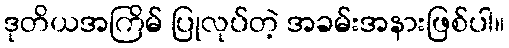
ဒုတိယအကြိမ် ပြုလုပ်တဲ့ အခမ်းအနားဖြစ်ပါ။